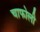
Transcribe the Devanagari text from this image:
चाफोली